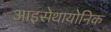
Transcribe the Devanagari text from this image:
आइसेथायोनिक